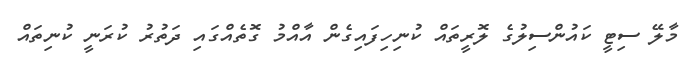
މާލޭ ސިޓީ ކައުންސިލުގެ ލޮރީތައް ކުނިހިފައިގެން އާއްމު ގޮތެއްގައި ދަތުރު ކުރަނީ ކުނިތައް